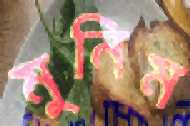
মুনিম